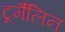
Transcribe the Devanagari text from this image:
टूर्मैलिन